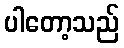
ပါတော့သည်